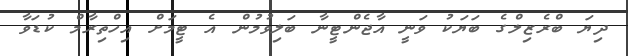
ދިޔަ ބްރެޒިލްގެ ބަޔަކު ވަނީ އާޖެންޓީނާ ބަލިވުމުން އެ ޓީމަށް އިހްތިރާމް ކުޑަވާ